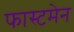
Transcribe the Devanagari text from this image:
फास्टमेन